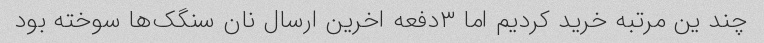
چند ین مرتبه خرید کردیم اما ۳دفعه اخرین ارسال نان سنگک‌ها سوخته بود